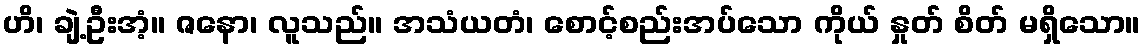
ဟိ၊ ချဲ့ဦးအံ့။ ဇနော၊ လူသည်။ အသံယတံ၊ စောင့်စည်းအပ်သော ကိုယ် နှုတ် စိတ် မရှိသော။